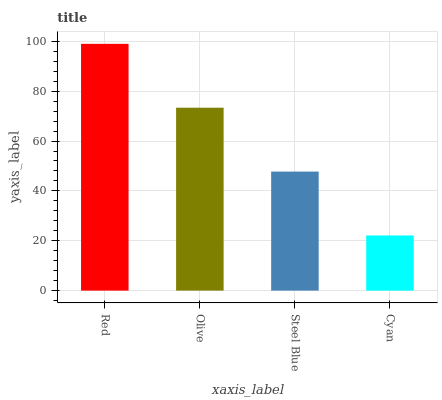
| xaxis_label | bars |
 | --- | --- |
 | Red | 99 |
 | Olive | 73.4 |
 | Steel Blue | 47.8 |
 | Cyan | 22.1 |